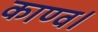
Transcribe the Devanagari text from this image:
काण्‍व।